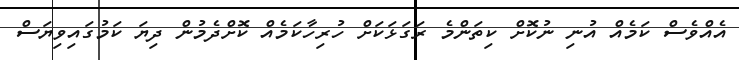
އެއްވެސް ކަމެއް އުނި ނުކޮށް ކިތަންމެ ރަގަޅަކަށް ހުރިހާކަމެއް ކޮށްދެމުން ދިޔަ ކަމުގައިވިޔަސް